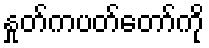
နှုတ်ကပတ်တော်ကို